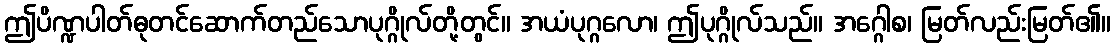
ဤပိဏ္ဍပါတ်ဓုတင်ဆောက်တည်သောပုဂ္ဂိုလ်တို့တွင်။ အယံပုဂ္ဂလော၊ ဤပုဂ္ဂိုလ်သည်။ အဂ္ဂေါစ၊ မြတ်လည်းမြတ်၏။